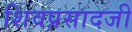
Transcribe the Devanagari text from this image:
शिवप्रसादजी